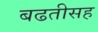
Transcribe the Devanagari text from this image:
बढतीसह